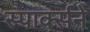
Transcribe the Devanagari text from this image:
स्पार्क्‍सने